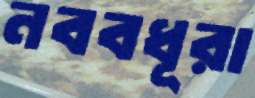
নববধূরা